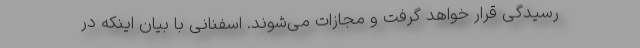
رسیدگی قرار خواهد گرفت و مجازات می‌شوند. اسفنانی با بیان اینکه در